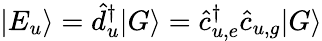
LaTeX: |E_{u}\rangle=\hat{d}_{u}^{\dagger}|G\rangle=\hat{c}_{u,e}^{\dagger}\hat{c}_{u,g}|G\rangle